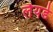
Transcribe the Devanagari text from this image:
लैयर्ड